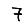
Digit: 7